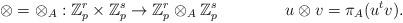
LaTeX: \begin{align*}\otimes & =\otimes_A:\mathbb{Z}_p^r\times \mathbb{Z}_p^s\to \mathbb{Z}_p^r\otimes_A\mathbb{Z}_p^s&u\otimes v & = \pi_A(u^t v).\end{align*}